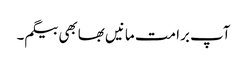
آپ برا مت مانیں بھابھی بیگم۔